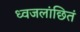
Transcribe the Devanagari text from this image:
ध्वजलांछितं